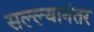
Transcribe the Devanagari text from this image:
सल्ल्यानंतर